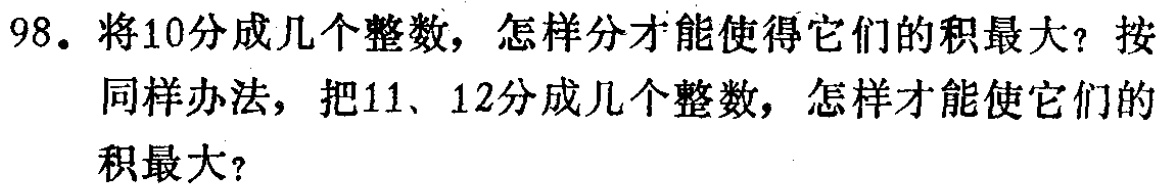
98. 将10分成几个整数，怎样分才能使得它们的积最大？按

同样办法，把11、12分成几个整数，怎样才能使它们的

积最大？